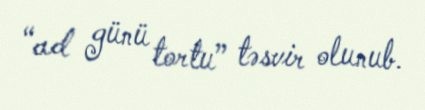
“ad günü tortu” təsvir olunub.